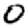
Digit: 0